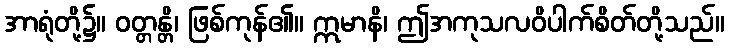
အာရုံတို့၌။ ဝတ္တန္တိ၊ ဖြစ်ကုန်၏။ ဣမာနိ၊ ဤအကုသလဝိပါက်စိတ်တို့သည်။